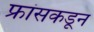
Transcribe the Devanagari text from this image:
फ्रांसकडून